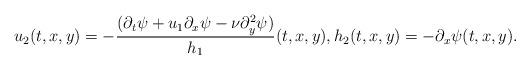
LaTeX: \begin{align*}u_2(t,x,y)=-\frac{(\partial_t\psi+u_1\partial_x\psi-\nu\partial_{y}^2\psi)}{h_1}(t,x,y),h_2(t,x,y)=-\partial_x\psi(t,x,y).\end{align*}